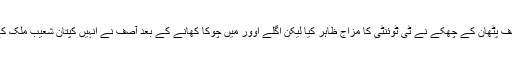
پہلے ہی اوور میں یوسف پٹھان کے چھکے نے ٹی ٹوئنٹی کا مزاج ظاہر کیا لیکن اگلے اوور میں چوکا کھانے کے بعد آصف نے انہیں کپتان شعیب ملک کے ہاتھوں کیچ کرا دیا۔